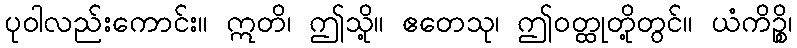
ပုဝါလည်းကောင်း။ ဣတိ၊ ဤသို့။ ဧတေသု၊ ဤဝတ္ထုတို့တွင်။ ယံကိဉ္စိ၊